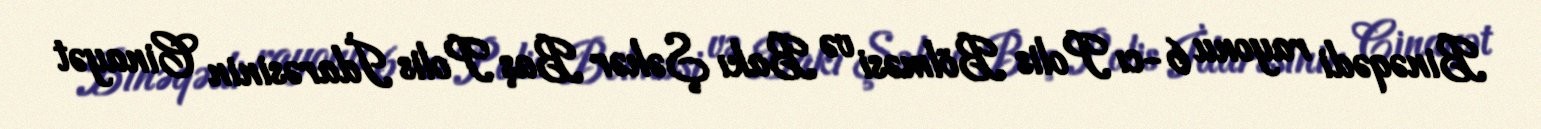
Binəqədi rayonu 6-cı Polis Bölməsi və Bakı Şəhər Baş Polis İdarəsinin Cinayət